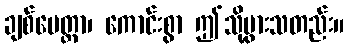
ချစ်မေတ္တာ၊ ကောင်းစွာ ဤသို့ပွားသတည်း။